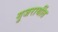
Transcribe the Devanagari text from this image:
गुजराथींत